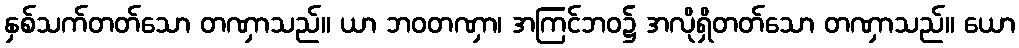
နှစ်သက်တတ်သော တဏှာသည်။ ယာ ဘဝတဏှာ၊ အကြင်ဘဝ၌ အလိုရှိတတ်သော တဏှာသည်။ ယော